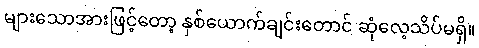
များသောအားဖြင့်တော့ နှစ်ယောက်ချင်းတောင် ဆုံလေ့သိပ်မရှိ။